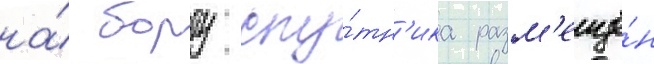
на́ борту спу́тн'ика разм'ещё́н